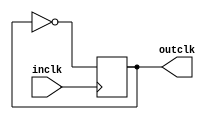
module cpu_clk(inclk, outclk);
	input      inclk;
	output reg outclk;

	initial begin
		outclk <= 0;
	end

	always @(posedge inclk)
		outclk <= ~outclk;
endmodule